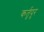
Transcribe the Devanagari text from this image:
कर्तृपुर